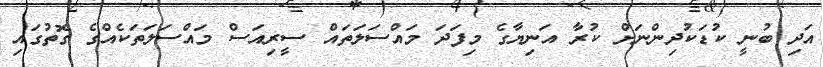
އަދި ބުނީ ކުޑަކުދިންނަށް ކުރާ އަނިޔާގެ މިފަދަ މައްސަލަތައް ސީރިއަސް މައްސަލަތަކެއްގެ ގޮތުގައި